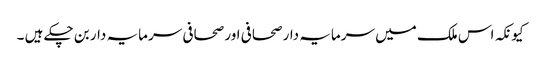
کیونکہ اس ملک میں سرمایہ دار صحافی اور صحافی سرمایہ دار بن چکے ہیں ۔